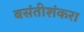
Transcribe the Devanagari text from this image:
बसंतीशंकरा